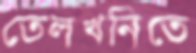
তেলখনিতে